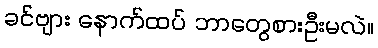
ခင်ဗျား နောက်ထပ် ဘာတွေစားဦးမလဲ။